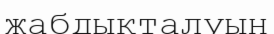
жабдықталуын